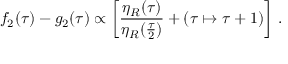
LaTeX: f _ { 2 } ( \tau ) - g _ { 2 } ( \tau ) \propto \left[ { \frac { \eta _ { R } ( \tau ) } { \eta _ { R } ( { \frac { \tau } { 2 } } ) } } + ( \tau \mapsto \tau + 1 ) \right] \, .